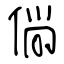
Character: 倘